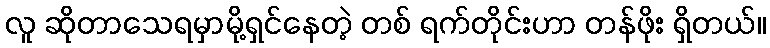
လူ ဆိုတာသေရမှာမို့ရှင်နေတဲ့ တစ် ရက်တိုင်းဟာ တန်ဖိုး ရှိတယ်။